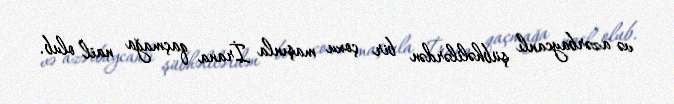
və azərbaycanlı şübhəlilərdən bir çoxu maşınla İrana qaçmağa nail olub.